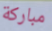
مباركة